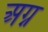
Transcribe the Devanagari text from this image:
अग्न